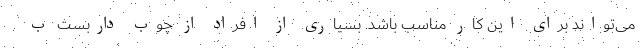
می‌تواند برای این کار مناسب باشد. بسیاری از افراد از چوب داربست ب